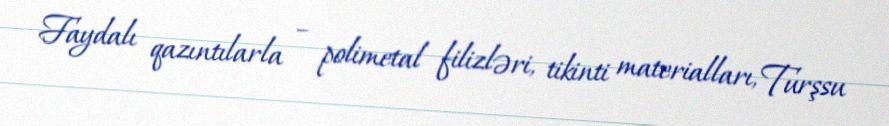
Faydalı qazıntılarla – polimetal filizləri, tikinti materialları, Turşsu